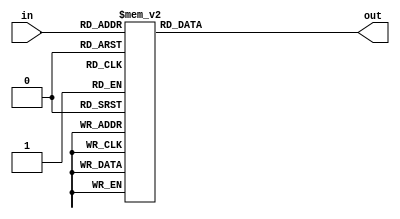
`timescale 1ns / 1ps

module Decoder(
    input [2:0]in,
    output reg [7:0] out
    );
    always@(in)
    case(in)
    3'b000: out <= 8'b10000000;
    3'b001: out <= 8'b01000000;
    3'b010: out <= 8'b00100000;
    3'b011: out <= 8'b00010000;
    3'b100: out <= 8'b00001000;
    3'b101: out <= 8'b00000100;
    3'b110: out <= 8'b00000010;
    3'b111: out <= 8'b00000001;
    endcase
endmodule

module Decoder_tb;
reg [2:0] in;
wire [7:0] out;
integer i=0;
Decoder D_3x8(in,out);
initial begin
in = 3'b000;
for(i=0; i<8;i=i+1)
    #5 in=in+1;
$finish;

end
endmodule